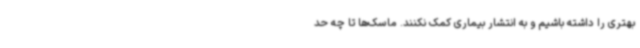
بهتری را داشته باشیم و به انتشار بیماری کمک نکنند. ماسک‌ها تا چه حد